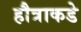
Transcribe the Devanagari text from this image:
हौत्राकडे